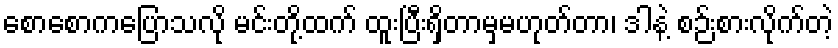
စောစောကပြောသလို မင်းတို့ထက် ထူးပြီးရှိတာမှမဟုတ်တာ၊ ဒါနဲ့ စဉ်းစားလိုက်တဲ့